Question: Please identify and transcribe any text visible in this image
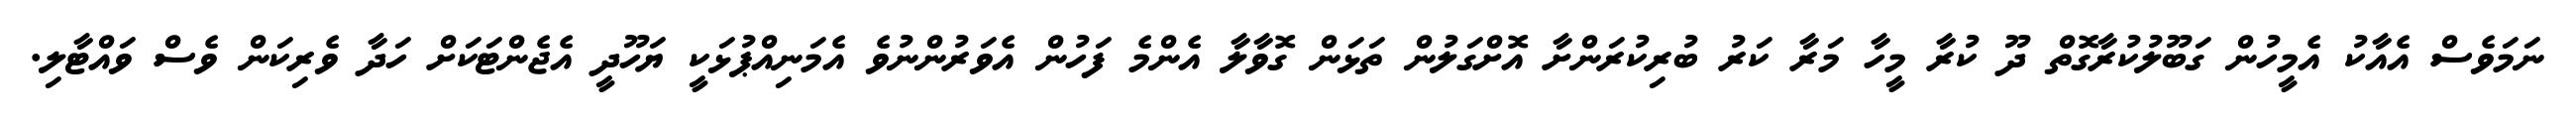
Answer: ނަމަވެސް އެއާކު އެމީހުން ގަބޫލުކުރާގޮތް ދޫ ކުރާ މީހާ މަރާ ކަރު ބުރިކުރަންށާ އޮށްގަލުން ތަޅަން ގޮވާލާ އެންމެ ފަހުން އެވަރުންނުވެ އެމަނިއްޕުޅަކީ ޔަހޫދީ އެޖެންޓަކަށް ހަދާ ވެރިކަން ވެސް ވައްޓާލި.